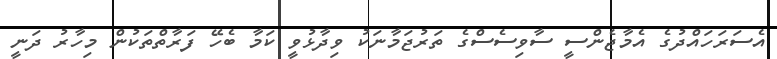
އެސަރަހައްދުގެ އެމާޖެންސީ ސާވިސެސްގެ ތަރުޖަމާނަކު ވިދާޅުވީ ކަމާ ބެހޭ ފަރާތްތަކުން މިހާރު ދަނީ